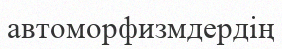
автоморфизмдердің